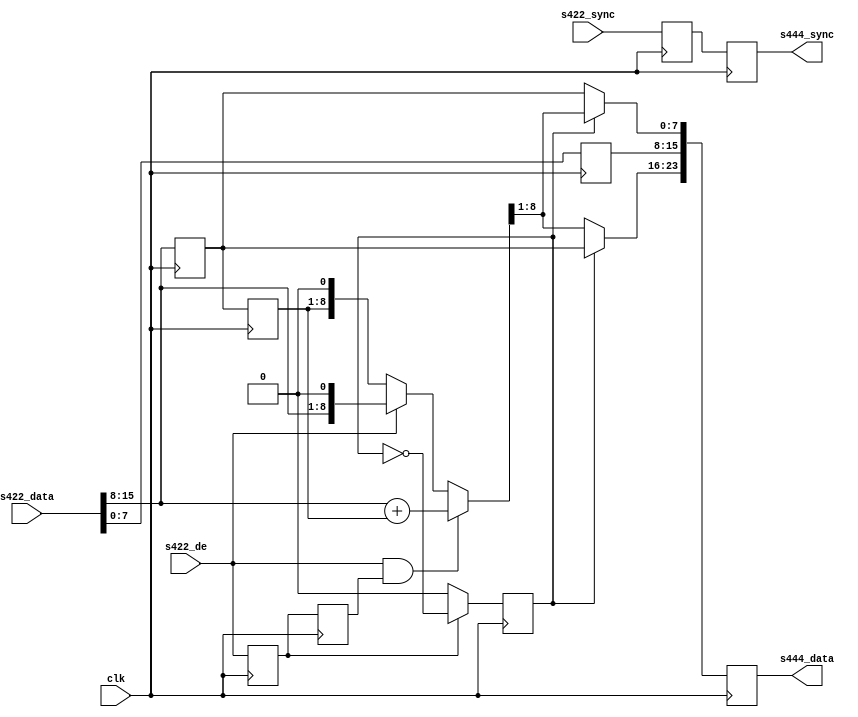
// ***************************************************************************
// ***************************************************************************
// Copyright 2014 - 2017 (c) Analog Devices, Inc. All rights reserved.
//
// In this HDL repository, there are many different and unique modules, consisting
// of various HDL (Verilog or VHDL) components. The individual modules are
// developed independently, and may be accompanied by separate and unique license
// terms.
//
// The user should read each of these license terms, and understand the
// freedoms and responsibilities that he or she has by using this source/core.
//
// This core is distributed in the hope that it will be useful, but WITHOUT ANY
// WARRANTY; without even the implied warranty of MERCHANTABILITY or FITNESS FOR
// A PARTICULAR PURPOSE.
//
// Redistribution and use of source or resulting binaries, with or without modification
// of this file, are permitted under one of the following two license terms:
//
//   1. The GNU General Public License version 2 as published by the
//      Free Software Foundation, which can be found in the top level directory
//      of this repository (LICENSE_GPL2), and also online at:
//      <https://www.gnu.org/licenses/old-licenses/gpl-2.0.html>
//
// OR
//
//   2. An ADI specific BSD license, which can be found in the top level directory
//      of this repository (LICENSE_ADIBSD), and also on-line at:
//      https://github.com/analogdevicesinc/hdl/blob/master/LICENSE_ADIBSD
//      This will allow to generate bit files and not release the source code,
//      as long as it attaches to an ADI device.
//
// ***************************************************************************
// ***************************************************************************
// Input must be RGB or CrYCb in that order, output is CrY/CbY

`timescale 1ns/100ps

module ad_ss_422to444 #(

  parameter   CR_CB_N = 0,
  parameter   DELAY_DATA_WIDTH = 16
) (

  // 422 inputs

  input                               clk,
  input                               s422_de,
  input       [DELAY_DATA_WIDTH-1:0]  s422_sync,
  input       [                15:0]  s422_data,

  // 444 outputs

  output  reg [DELAY_DATA_WIDTH-1:0]  s444_sync,
  output  reg [                23:0]  s444_data
);

  localparam  DW = DELAY_DATA_WIDTH - 1;

  // internal registers

  reg             cr_cb_sel = 'd0;
  reg             s422_de_d = 'd0;
  reg     [DW:0]  s422_sync_d = 'd0;
  reg             s422_de_2d = 'd0;
  reg      [7:0]  s422_Y_d;
  reg      [7:0]  s422_CbCr_d;
  reg      [7:0]  s422_CbCr_2d;
  reg     [ 8:0]  s422_CbCr_avg;

  // internal wires

  wire    [ 7:0]  s422_Y;
  wire    [ 7:0]  s422_CbCr;

  // Input format is
  // [15:8] Cb/Cr
  // [ 7:0] Y
  //
  // Output format is
  // [23:15] Cr
  // [16: 8] Y
  // [ 7: 0] Cb

  assign s422_Y = s422_data[7:0];
  assign s422_CbCr = s422_data[15:8];

  // first data on de assertion is cb (0x0), then cr (0x1).
  // previous data is held when not current

  always @(posedge clk) begin
    if (s422_de_d == 1'b1) begin
      cr_cb_sel <= ~cr_cb_sel;
    end else begin
      cr_cb_sel <= CR_CB_N;
    end
  end

  // pipe line stages

  always @(posedge clk) begin
    s422_de_d <= s422_de;
    s422_sync_d <= s422_sync;
    s422_de_2d <= s422_de_d;
    s422_Y_d <= s422_Y;

    s422_CbCr_d <= s422_CbCr;
    s422_CbCr_2d <= s422_CbCr_d;
  end

  // If both the left and the right sample are valid do the average, otherwise
  // use the only valid.
  always @(s422_de_2d, s422_de, s422_CbCr, s422_CbCr_2d)
  begin
    if (s422_de == 1'b1 && s422_de_2d)
      s422_CbCr_avg <= s422_CbCr + s422_CbCr_2d;
    else if (s422_de == 1'b1)
      s422_CbCr_avg <= {s422_CbCr, 1'b0};
    else
      s422_CbCr_avg <= {s422_CbCr_2d, 1'b0};
  end

  // 444 outputs

  always @(posedge clk) begin
    s444_sync <= s422_sync_d;
    s444_data[15:8] <= s422_Y_d;
    if (cr_cb_sel) begin
      s444_data[23:16] <= s422_CbCr_d;
      s444_data[ 7: 0] <= s422_CbCr_avg[8:1];
    end else begin
      s444_data[23:16] <= s422_CbCr_avg[8:1];
      s444_data[ 7: 0] <= s422_CbCr_d;
    end
  end

endmodule